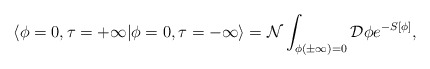
\begin{align*}\langle \phi=0, \tau=+\infty |\phi=0, \tau=-\infty \rangle= {\cal N} \int_{\phi(\pm\infty)=0} {\cal D}\phi e^{-S[\phi]},\end{align*}